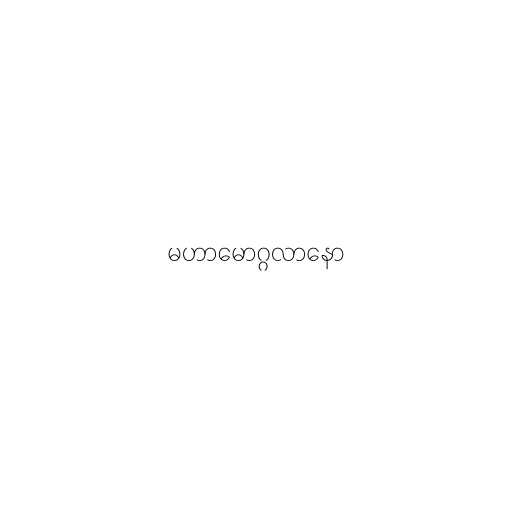
မဟာမောဂ္ဂလာနော